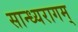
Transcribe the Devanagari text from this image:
सान्ध्यरागम्